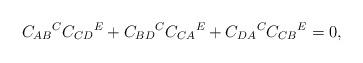
LaTeX: \begin{align*}C_{AB}{}^{C}C_{CD}{}^{E}+C_{BD}{}^{C}C_{CA}{}^{E}+C_{DA}{}^{C}C_{CB}{}^{E}=0,\end{align*}